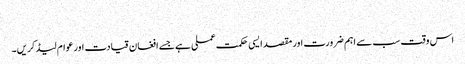
​
اس وقت سب سے اہم ضرورت اور مقصد ایسی حکمت عملی ہے جسے افغان قیادت اور عوام لیڈ کریں۔